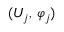
( U _ { j } , \, \varphi _ { j } )